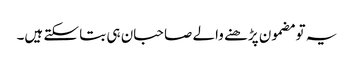
یہ تو مضمون پڑھنے والے صاحبان ہی بتا سکتے ہیں۔